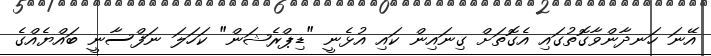
އޭނަ ހަނދާންވާގޮތުގައި އެގޮތަށް ގިނައިން ކައި އުޅެނީ "ޑިޕްރެޝަން" ކަހަލަ ނަފްސާނީ ބައްޔެއްގެ